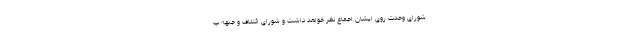
شورای وحدت روی ایشان اجماع نظر خواهد داشت و شورای ائتلاف و جبهه پ